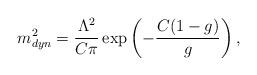
LaTeX: \begin{align*}m^2_{dyn} = \frac{\Lambda^2}{C\pi} \exp\left(-\frac{C(1-g)}{g}\right),\end{align*}